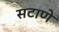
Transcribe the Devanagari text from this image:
सटाणे